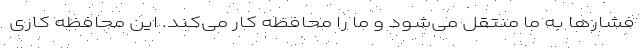
فشارها به ما منتقل می‌شود و ما را محافظه کار می‌کند. این محافظه کاری